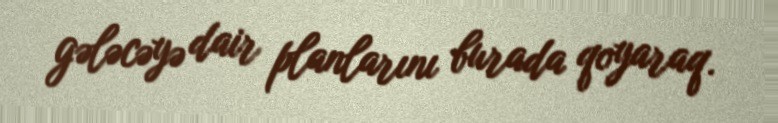
gələcəyə dair planlarını burada qoyaraq.